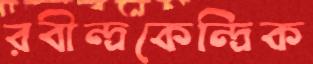
রবীন্দ্রকেন্দ্রিক